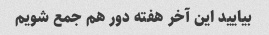
بیایید این آخر هفته دور هم جمع شویم